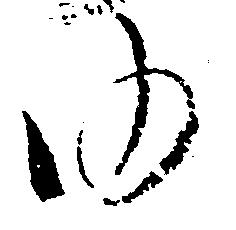
ゆ